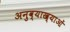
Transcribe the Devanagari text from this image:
अनुव्याख्याओं